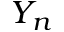
Y _ { n }